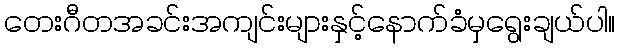
တေးဂီတအခင်းအကျင်းများနှင့်နောက်ခံမှရွေးချယ်ပါ။